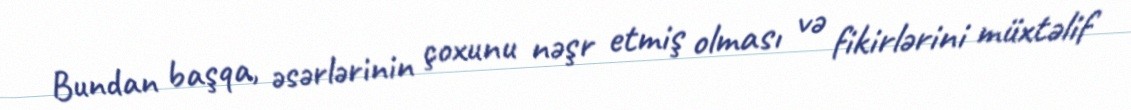
Bundan başqa, əsərlərinin çoxunu nəşr etmiş olması və fikirlərini müxtəlif